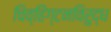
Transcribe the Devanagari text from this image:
चिव्हिंग्टनविरुद्ध